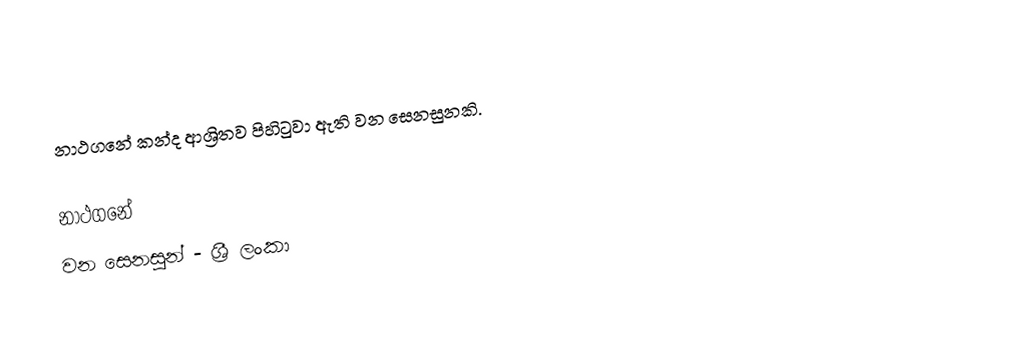
නාථගනේ කන්ද ආශ්‍රිතව පිහිටුවා ඇති වන සෙනසුනකි.

නාථගනේ
වන සෙනසුන් - ශ්‍රී ලංකා